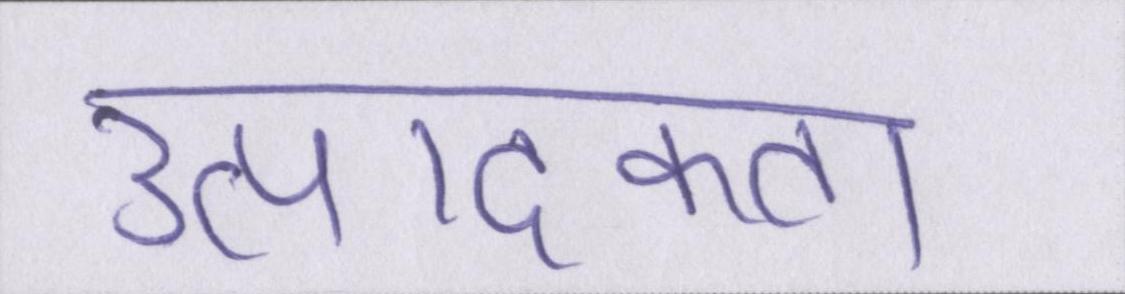
उत्पादकता